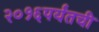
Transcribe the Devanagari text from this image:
२०१६पर्यंतची